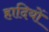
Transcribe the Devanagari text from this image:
हादियों